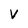
Character: V